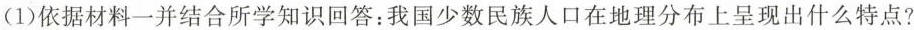
(1)依据材料一并结合所学知识回答：我国少数民族人口在地理分布上呈现出什么特点?